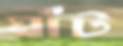
ঘাঁট